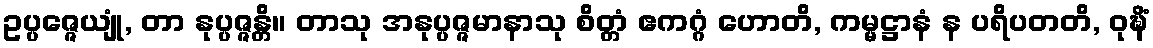
ဥပ္ပဇ္ဇေယျုံ, တာ နုပ္ပဇ္ဇန္တိ။ တာသု အနုပ္ပဇ္ဇမာနာသု စိတ္တံ ဧကဂ္ဂံ ဟောတိ, ကမ္မဋ္ဌာနံ န ပရိပတတိ, ဝုဍ္ဎိံ